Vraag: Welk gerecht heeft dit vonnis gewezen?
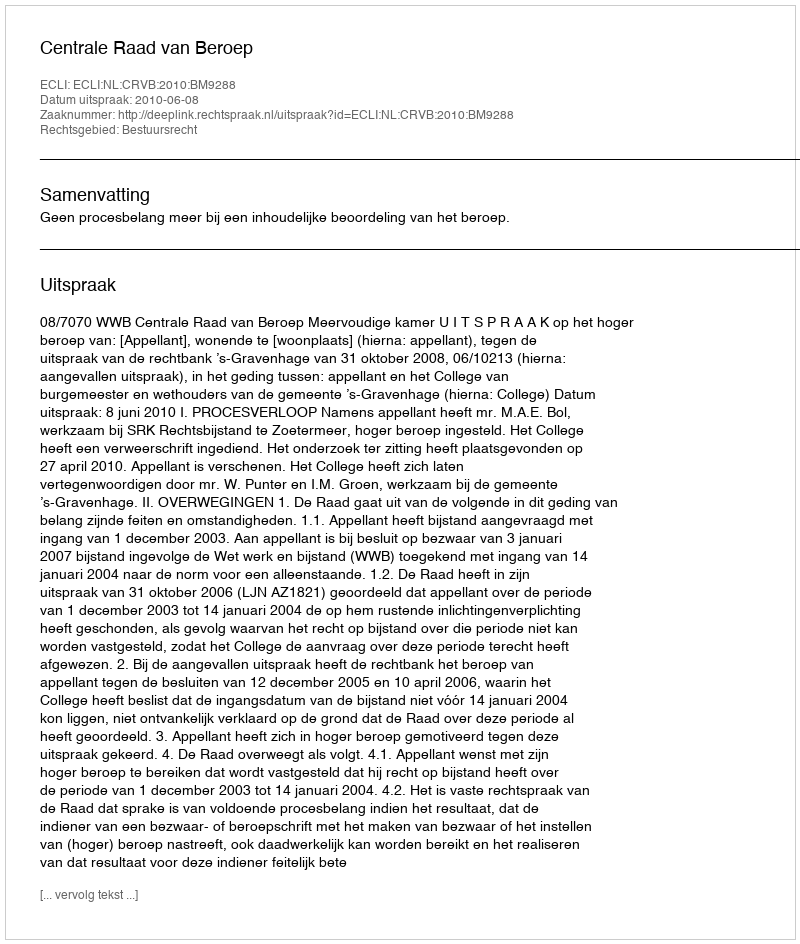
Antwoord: Centrale Raad van Beroep